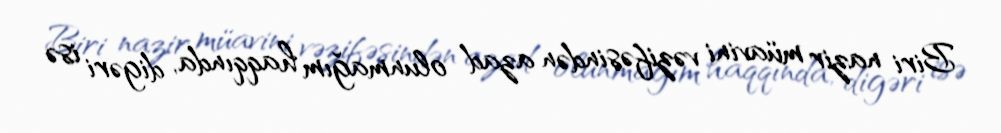
Biri nazir müavini vəzifəsindən azad olunmağım haqqında, digəri isə